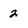
Character: 2